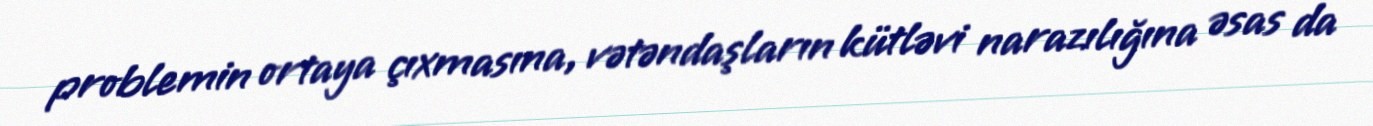
problemin ortaya çıxmasına, vətəndaşların kütləvi narazılığına əsas da